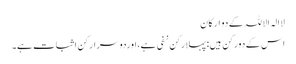
لاالہ الاللہ کےدو ارکان
اس کےدورکن ہیں: پہلارکن نفی ہے،اوردوسرارکن اثبات ہے۔